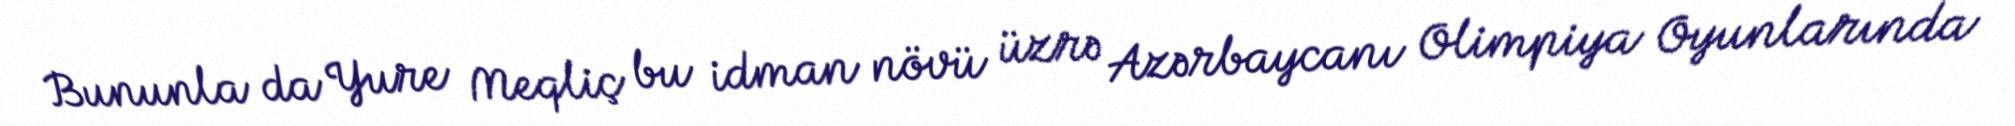
Bununla da Yure Meqliç bu idman növü üzrə Azərbaycanı Olimpiya Oyunlarında